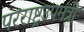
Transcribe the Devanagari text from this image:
परराष्ट्रउपमंत्री